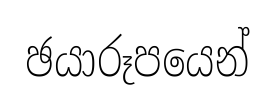
ඡයාරූපයෙන්